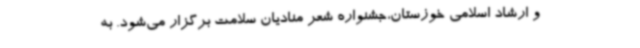
و ارشاد اسلامی خوزستان،جشنواره شعر منادیان سلامت برگزار می‌شود. به